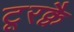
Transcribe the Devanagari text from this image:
टूरक्वै